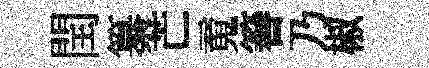
閏纂芒䰟簮乃椒